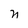
Character: n